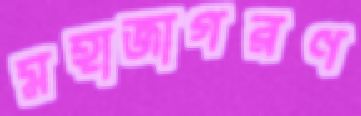
মহাজাগরণ